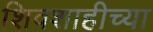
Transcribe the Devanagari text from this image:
शिवशाहीच्या